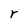
Character: r